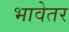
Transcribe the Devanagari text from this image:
भावेतर